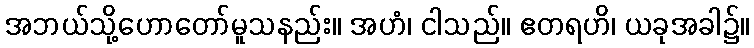
အဘယ်သို့ဟောတော်မူသနည်း။ အဟံ၊ ငါသည်။ ဧတရဟိ၊ ယခုအခါ၌။